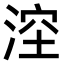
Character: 𣷆